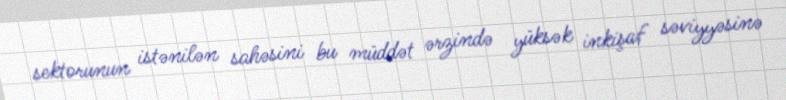
sektorunun istənilən sahəsini bu müddət ərzində yüksək inkişaf səviyyəsinə